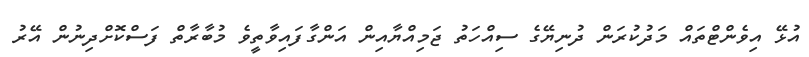
އުޅޭ އިވެންޓްތައް މަދުކުރަން ދުނިޔޭގެ ސިއްހަތު ޖަމިއްޔާއިން އަންގާފައިވާތީވެ މުބާރާތް ފަސްކޮށްދިނުން އޭރު